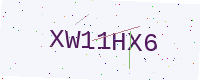
Text: XW11HX6